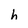
Character: h